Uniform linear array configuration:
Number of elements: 4
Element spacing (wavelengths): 0.5
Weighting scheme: exponential
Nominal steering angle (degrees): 30
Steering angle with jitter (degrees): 28.341
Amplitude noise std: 0.05
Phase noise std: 0.05

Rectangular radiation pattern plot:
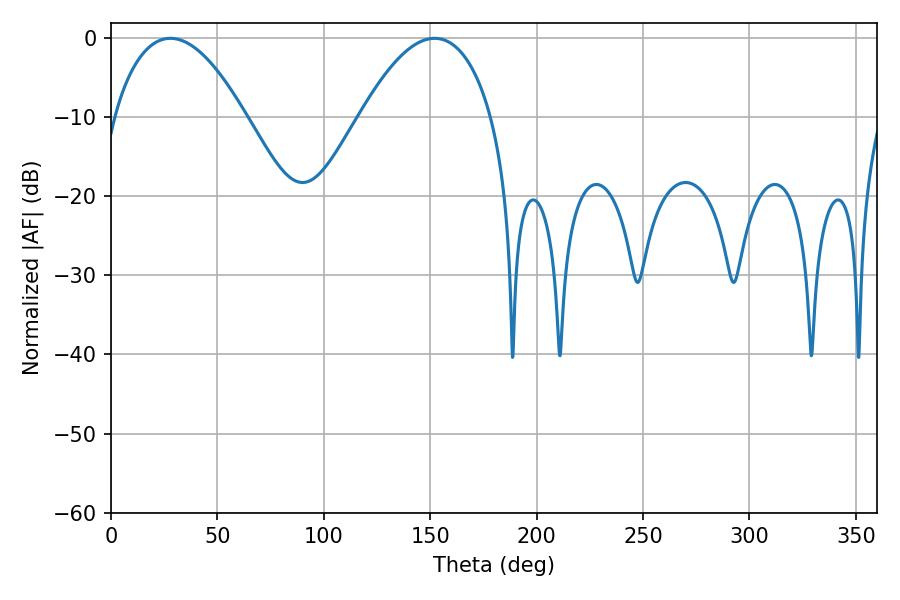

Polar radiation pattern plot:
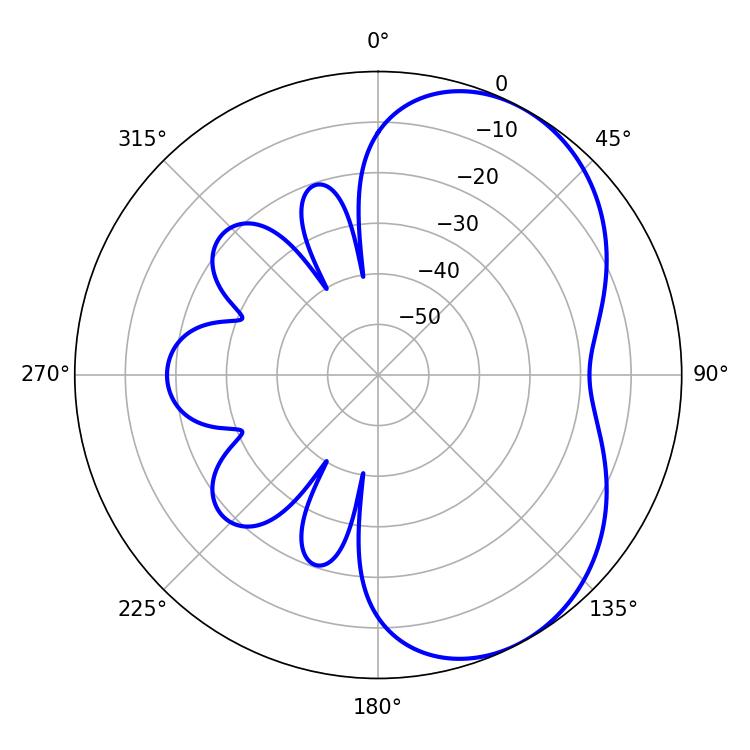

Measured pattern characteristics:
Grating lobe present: FALSE
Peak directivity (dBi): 5.015
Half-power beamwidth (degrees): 34.2
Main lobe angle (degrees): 27.9